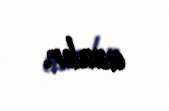
azalır.